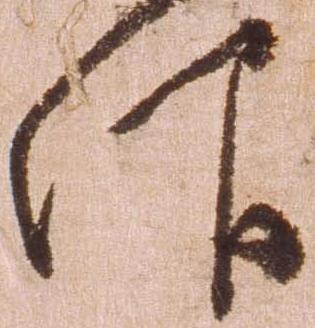
仰